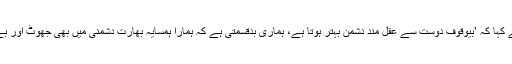
ڈی جی آئی ایس پی آر نے کہا کہ ’بیوقوف دوست سے عقل مند دشمن بہتر ہوتا ہے، ہماری بدقسمتی ہے کہ ہمارا ہمسایہ بھارت دشمنی میں بھی جھوٹ اور بے وقوفی کا سہارا لیتا ہے۔